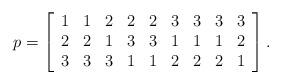
LaTeX: \begin{align*}p=\left[\begin{array}{ccccccccc}1 & 1 & 2 & 2 & 2 & 3& 3& 3 & 3\\2 & 2 & 1 & 3 & 3 & 1& 1& 1 &2\\3 & 3 & 3 & 1 & 1 & 2& 2& 2&1 \\ \end{array}\right].\end{align*}